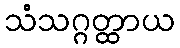
သံသဂ္ဂတ္ထာယ